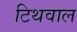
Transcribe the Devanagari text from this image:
टिथवाल